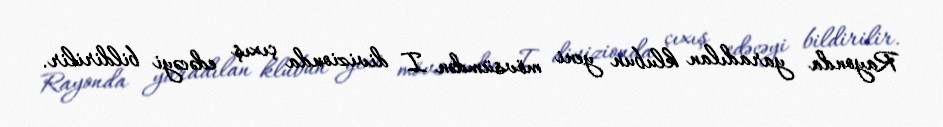
Rayonda yaradılan klubun yeni mövsümdən I divizionda çıxış edəcəyi bildirilir.